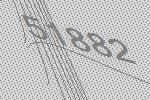
51882